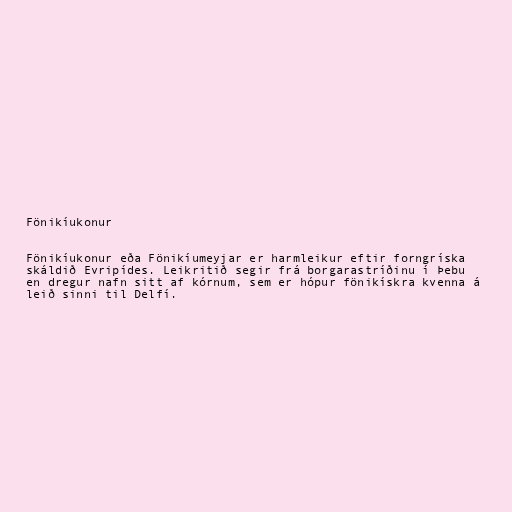
Fönikíukonur

Fönikíukonur eða Fönikíumeyjar er harmleikur eftir forngríska
skáldið Evripídes. Leikritið segir frá borgarastríðinu í Þebu
en dregur nafn sitt af kórnum, sem er hópur fönikískra kvenna á
leið sinni til Delfí.